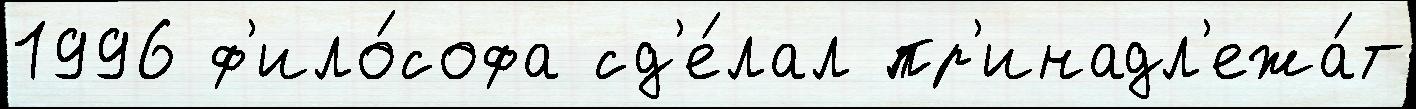
1996 ф'ило́софа сд'е́лал пр'инадл'ежа́т